Lunatic asylums Madras 1892-1911 - 1892-1911
Year: 1892
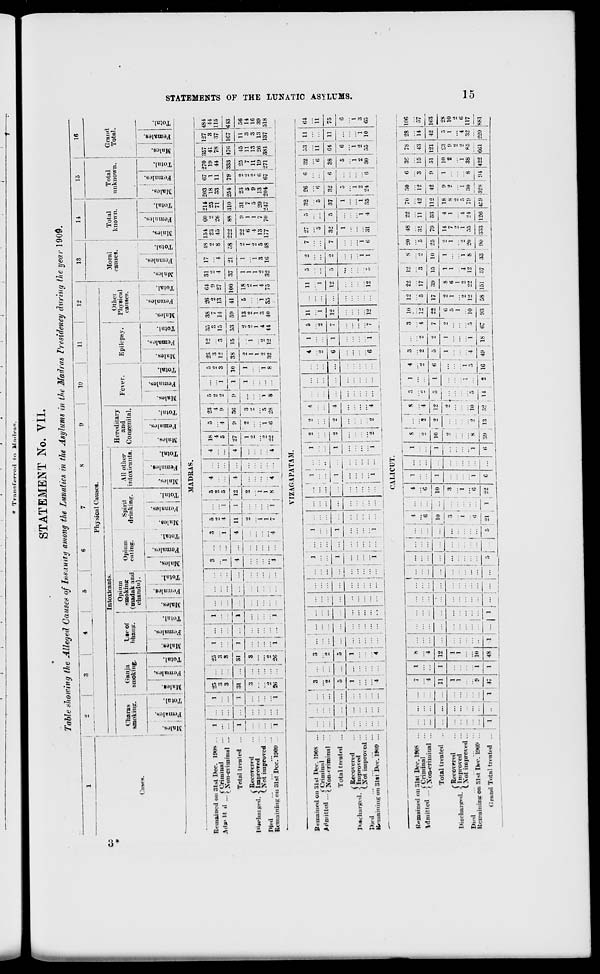
"I O
: 1
525
0 1
EH
- ■
fc
f f I W
5 1
«
" 1 W
* 1
EH
EH
STATEMENTS OF THE LUNATIC ASYLUMS.
15
o
OS
£"5
o^1
•l«»oj
JO
•S31IIJV
Total
unknown.
W°X
IO
'SUtntnej
•ROltJIt
jj
•r»»°x
3
'saitimej
•S«»1I!1V[
"* •* ia os to -* to ei X
O0 -T »~
-f
I'" — I-l ss ns
W« l~
11
w
CO
in ~- ec to H
£-2
in
i * '"""'*» -
1-1- —•
tO
r-l
?.
ei ii sito ij
WOCM
© i-i Si
11
JO
snia«;
r- 11 l-
*.i
0
ci
ii>*
ii
c:ix
<S
ii
or
l>
3 is s e ;- M s
:i :«H
*
» : H ii '.i
to
•
o
53 ;to
m iHxg :
to
© ..i
2 /.OIISN 1 r-
11 r-
1—
OC
— 1 X.
00
11
:■*
-* 1(5 r-< : ■* 11 I O
• CT ! 2'
09 :-r s « r. ii ii o | rH
vi
a.
-o
1 to
t.5
09
: "3
ire
= CM : H =o 1 ii
to ;9 M lit : H n ■*
•J :9 in
ii | ii x H- cc t»
inn —"
ii I n
i— i»
: is
- ; : ci
ire
"
ic
;i
*
1-
11
:o
: :m
fc» :
i~
; i'-" 8
ii
ii
■•■"*
ia
.»
•
: : >3
i::| :|
--! ""' i
: :?J
m :n i-
; • i :** j
- i
-
; ; ; i- 1 |
...| to : : : .<c
Mil! • : i i : |
::::;
"*
•* | , , , ,* !
ii
:
11
: : : ' . *•
eu :
1" | = ; : =- '
- : 1-
1
| ; ; i i-
o
C9
: ii
09 ii
: — s
00
*
: ii
11
ao so ii 1.1 —.
3
ii
SI
en
41 |> 11 pH ll
!_
e
, ii : •" m ii H ;:i;
1
•
"
IH ; ;p- 00
3
'S.
" ?
OS
1^
11 : i~
5 1 00 « r- 11 11
1
IS
11
: w 1* n I-I : ii ii 1 °o
1.1
11 I tS 1A rH : O
«
co
50
SI
•- !
«: :ii
i. : : ;x
5
^ = "
•
: i i
H !
"-<
• : i rt to
:«e I o I « : —
*i» 3 «i-i» S
:':':: i ■7
^
:-»■
94
«* | :S 9
- i i H
: i- -
fc» : * r-l pd t—
;C.
is
M
#
i i ; ; : : : : : r-
i • i i : i : : i :
i ! i
r^
i : : !
~3
I 1 £
— .
C .1 1
Mi
provei
t iinpr
=s^ o
H £££ I -2
"v^,^
•—.~* ■ £ "=
:d ..
i
0
a
1 1
s
2
a
a i
o ~ 1
* "V
^ «■'
Q ©s:
Q *